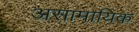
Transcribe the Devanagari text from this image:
असामायिक